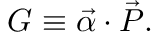
{ \cal G } \equiv \vec { \alpha } \cdot \vec { { \cal P } } .